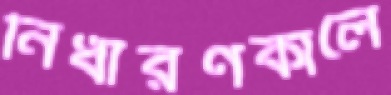
নির্ধারণকালে